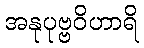
အနုပုဗ္ဗဝိဟာရိ